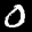
Label: 0